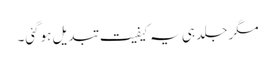
مگر جلد ہی یہ کیفیت تبدیل ہوگئی۔